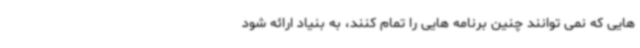
هایی که نمی توانند چنین برنامه هایی را تمام کنند، به بنیاد ارائه شود